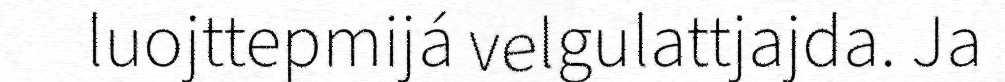
luojttepmijá velgulattjajda. Ja